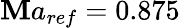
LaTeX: \mathbf{M}a_{ref}=0.875